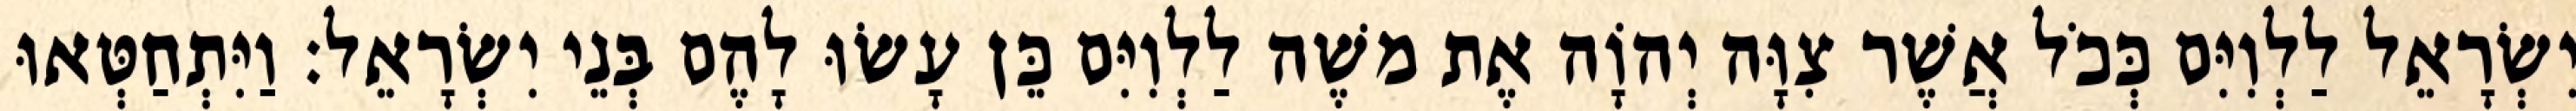
יִשְׂרָאֵל לַלְוִיִּם כְּכֹל אֲשֶׁר צִוָּה יְהוָֹה אֶת משֶׁה לַלְוִיִּם כֵּן עָשׂוּ לָהֶם בְּנֵי יִשְׂרָאֵל׃ וַיִּתְחַטְּאוּ